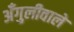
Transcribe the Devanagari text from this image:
अँगुलीवाले